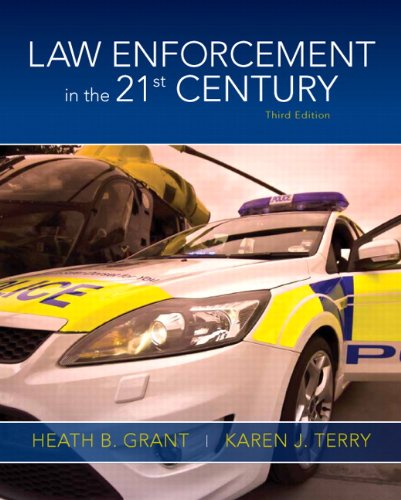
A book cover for Law Enforcement in the 21st Century (3rd Edition); Heath B. Grant; Law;